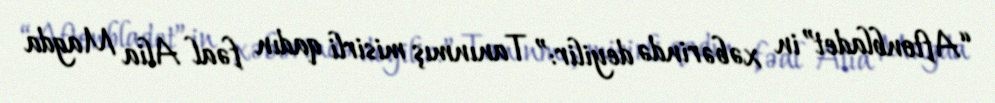
“Aftonbladet”in xəbərində deyilir:” Tanınmış misirli qadın fəal Alia Magda